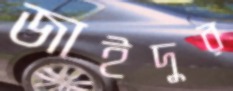
জাইদুর